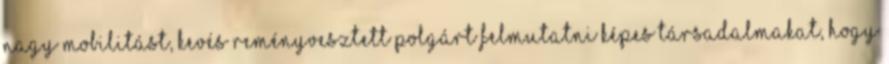
nagy mobilitást, kevés reményvesztett polgárt felmutatni képes társadalmakat, hogy